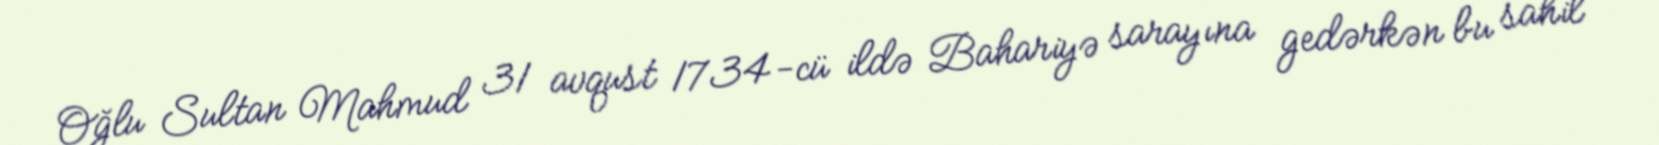
Oğlu Sultan Mahmud 31 avqust 1734-cü ildə Bahariyə sarayına gedərkən bu sahil